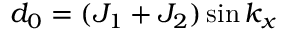
d _ { 0 } = ( J _ { 1 } + J _ { 2 } ) \sin k _ { x }